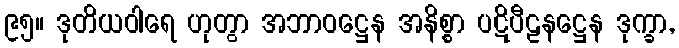
၉၅။ ဒုတိယဝါရေ ဟုတွာ အဘာဝဋ္ဌေန အနိစ္စာ ပဋိပီဠနဋ္ဌေန ဒုက္ခာ,